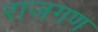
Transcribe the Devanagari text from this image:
राजगण